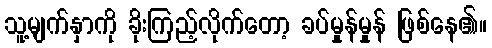
သူ့မျက်နှာကို ခိုးကြည့်လိုက်တော့ ခပ်မှုန်မှုန် ဖြစ်နေ၏။